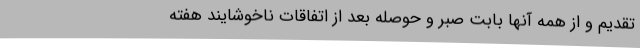
تقدیم و از همه آنها بابت صبر و حوصله بعد از اتفاقات ناخوشایند هفته